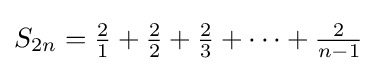
{\textstyle S_{2n}={\frac {2}{1}}+{\frac {2}{2}}+{\frac {2}{3}}+\cdots +{\frac {2}{n-1}}}